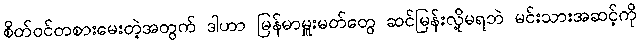
စိတ်ဝင်တစားမေးတဲ့အတွက် ဒါဟာ မြန်မာမှူးမတ်တွေ ဆင်မြန်းလို့မရဘဲ မင်းသားအဆင့်ကို